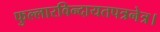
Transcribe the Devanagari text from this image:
फुल्लारविन्दायतपत्रनेत्र।